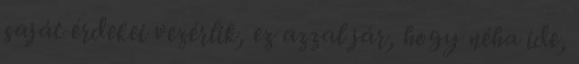
saját érdekei vezérlik, ez azzal jár, hogy néha ide,